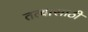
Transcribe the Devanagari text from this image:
तत्वासाठी